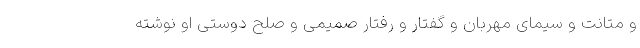
و متانت و سیمای مهربان و گفتار و رفتار صمیمی و صلح دوستی او نوشته